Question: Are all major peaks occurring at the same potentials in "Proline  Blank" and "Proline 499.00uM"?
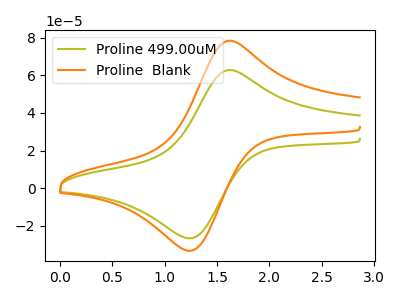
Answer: <think>The olive curve "Proline 499.00uM" has an anodic peak at (1.60V, 62.80uA) and a cathodic peak at (1.20V, -26.55uA). The orange curve "Proline  Blank" has an anodic peak at (1.60V, 78.40uA) and a cathodic peak at (1.20V, -33.10uA).</think>
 <answer>Yes, "Proline  Blank" have a peak in "Proline 499.00uM" at the same potential.</answer>
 <eval>match</eval>